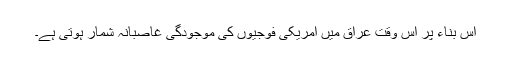
اس بناء پر اس وقت عراق میں امریکی فوجیوں کی موجودگی غاصبانہ شمار ہوتی ہے۔